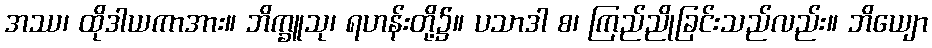
အဿ၊ ထိုဒါယကာအား။ ဘိက္ခူသု၊ ရဟန်းတို့၌။ ပသာဒါ စ၊ ကြည်ညိုခြင်းသည်လည်း။ ဘိယျော